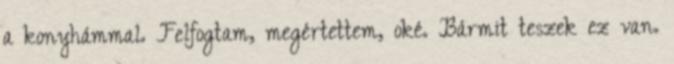
a konyhámmal. Felfogtam, megértettem, oké. Bármit teszek ez van.